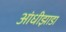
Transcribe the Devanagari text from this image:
आंधीझाडा